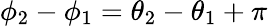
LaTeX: \phi_{2}-\phi_{1}=\theta_{2}-\theta_{1}+\pi